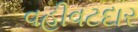
વહીવટદાર